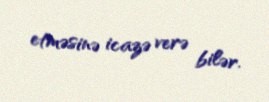
etməsinə icazə verə bilər.